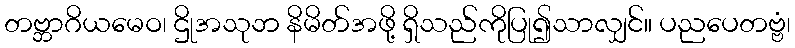
တဗ္ဘာဂိယမေဝ၊ ဌိုအသုဘ နိမိတ်အဖို့ ရှိသည်ကိုပြု၍သာလျှင်။ ပညပေတဗ္ဗံ၊